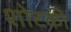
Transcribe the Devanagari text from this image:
शोटकी